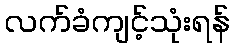
လက်ခံကျင့်သုံးရန်